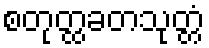
စတုတ္ထခတသုတ္တံ